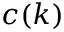
c ( k )